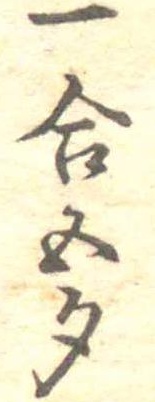
一合五勺